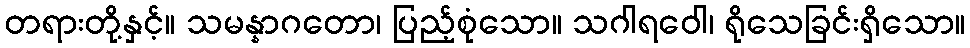
တရားတို့နှင့်။ သမန္နာဂတော၊ ပြည့်စုံသော။ သဂါရဝေါ၊ ရိုသေခြင်းရှိသော။